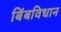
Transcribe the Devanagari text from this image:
बिंबविधान